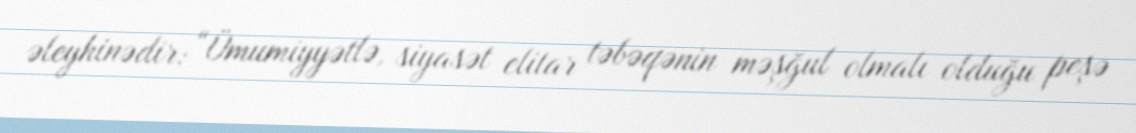
əleyhinədir: “Ümumiyyətlə, siyasət elitar təbəqənin məşğul olmalı olduğu peşə